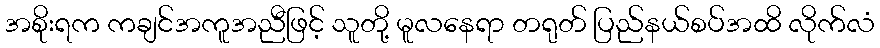
အစိုးရက ကချင်အကူအညီဖြင့် သူတို့ မူလနေရာ တရုတ် ပြည်နယ်စပ်အထိ လိုက်လံ